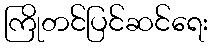
ကြိုတင်ပြင်ဆင်ရေး